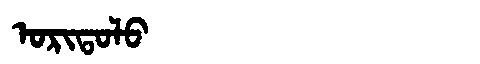
Manchu: ᠣᡵᡳᡨᠣᠯᠣ
Romanization: ORITOLO